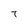
Character: 7